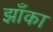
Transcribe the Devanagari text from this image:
झाँका